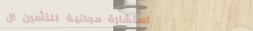
استشارة مجانية للتأمين ال